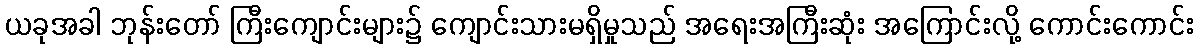
ယခုအခါ ဘုန်းတော် ကြီးကျောင်းများ၌ ကျောင်းသားမရှိမှုသည် အရေးအကြီးဆုံး အကြောင်းလို့ ကောင်းကောင်း